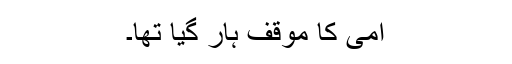
امی کا موقف ہار گیا تھا۔